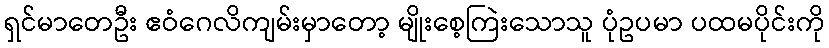
ရှင်မာတေဦး ဧဝံဂေလိကျမ်းမှာတော့ မျိုးစေ့ကြဲးသောသူ ပုံဥပမာ ပထမပိုင်းကို